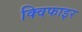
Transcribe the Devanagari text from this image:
क्विफाइर